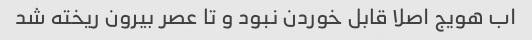
اب هویج اصلا قابل خوردن نبود و تا عصر بیرون ریخته شد